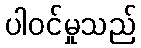
ပါဝင်မှုသည်